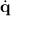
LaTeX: \dot { \mathbf { q } }